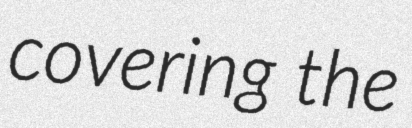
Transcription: covering the